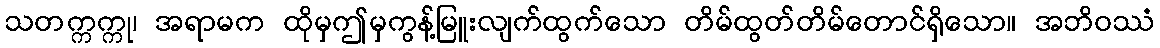
သတက္ကက္ကု၊ အရာမက ထိုမှဤမှကွန့်မြူးလျက်ထွက်သော တိမ်ထွတ်တိမ်တောင်ရှိသော။ အဘိဝဿံ